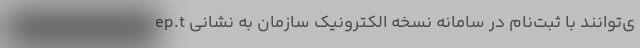
ی‌توانند با ثبت‌نام در سامانه نسخه الکترونیک سازمان به نشانی ep.t